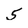
Character: 5